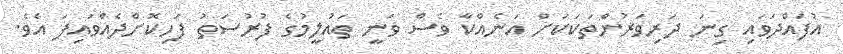
އުފައްދަވައި ގިނަ ދަރިވަރުންތަކަކަށް އަނެއްކާ ވެސް ވަނީ ތައުލީމުގެ ފުރުސަތު ފަހިކޮށްދެއްވައިފަ އެވެ.